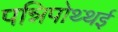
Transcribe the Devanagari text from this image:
पन्निपोथ्थई